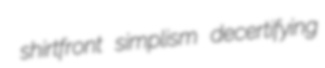
shirtfront simplism decertifying